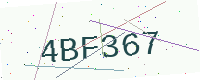
Text: 4BF367